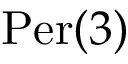
{ \mathrm { P e r } } ( 3 )